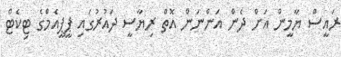
ރައީސް ޔާމީން އަށް ދެން އަންނަން އޮތް ރިޔާސީ ދައުރުގައި ޕީޕީއެމްގެ ޓިކެޓް